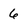
Character: 6